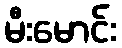
မီးမောင်း